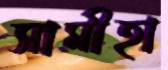
সামীহা